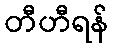
တီဟီရန်